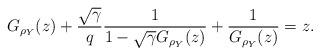
LaTeX: \begin{align*} G_{\rho_Y}(z) + \frac{\sqrt{\gamma}}{q} \frac{1}{1 - \sqrt{\gamma} G_{\rho_Y}(z)} + \frac{1}{G_{\rho_Y}(z)} = z .\end{align*}